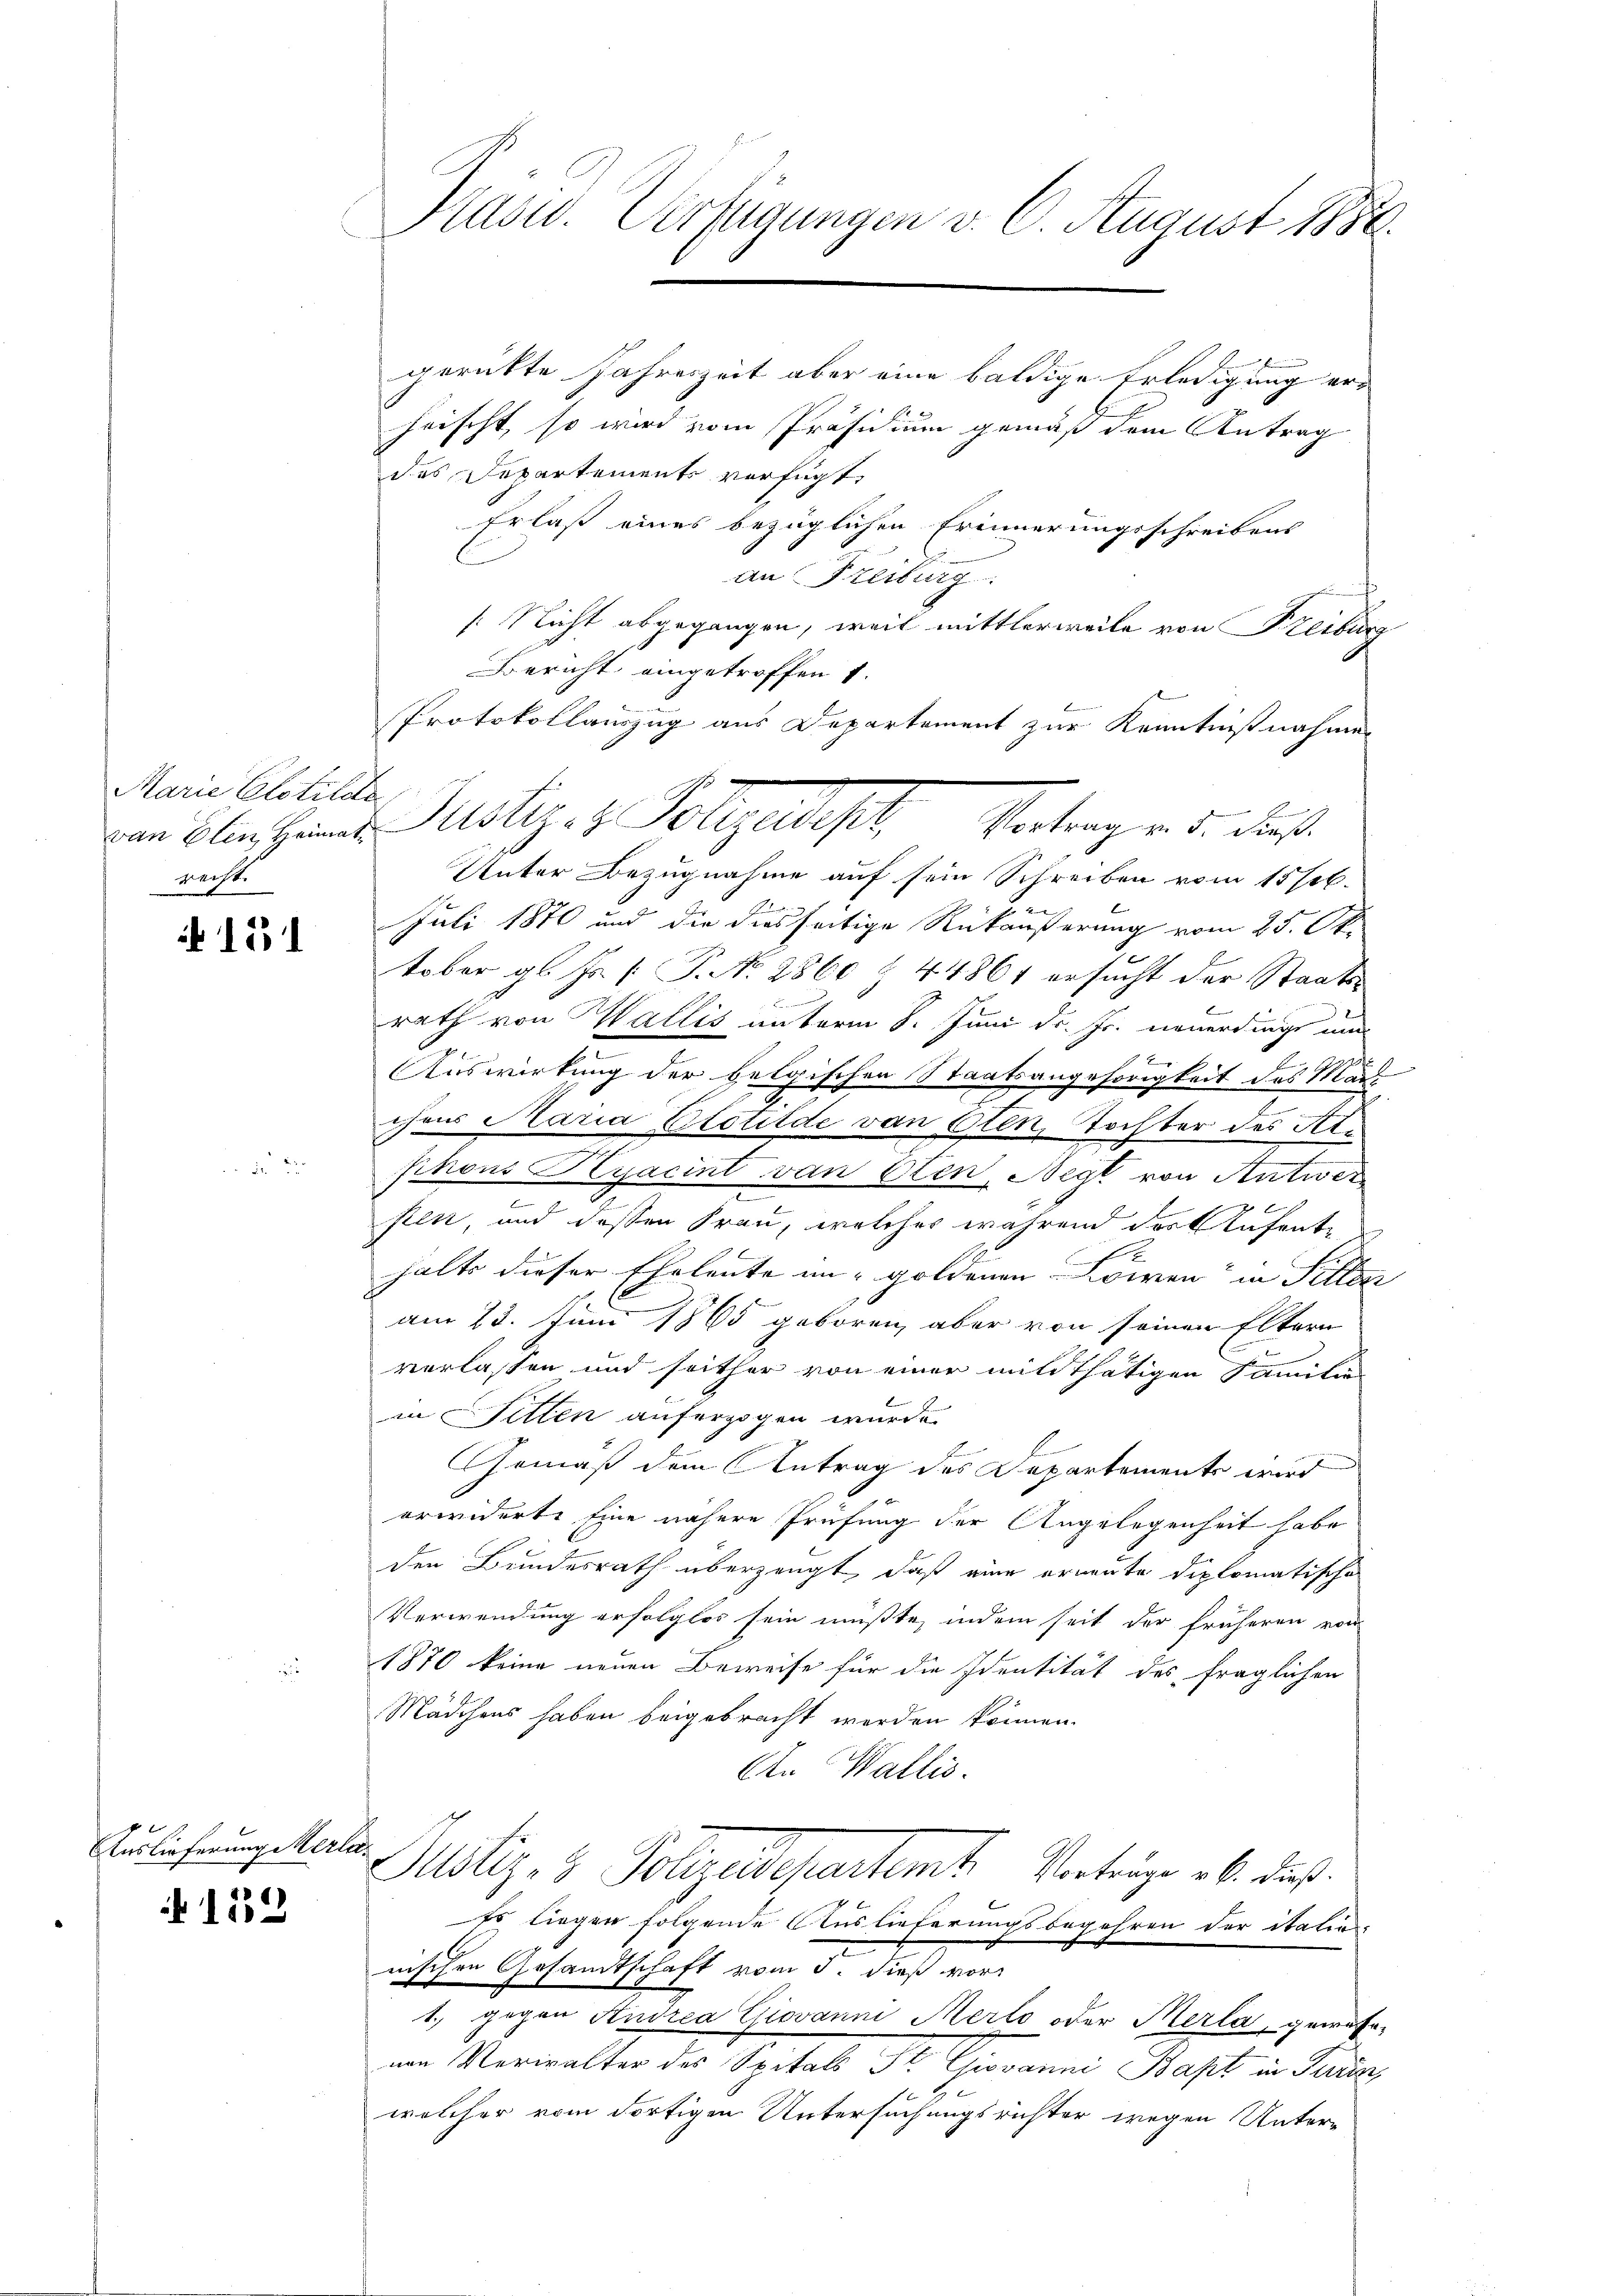
Marie Elotilde
recht.

151

Auslieferung Merla¬

132

gerückte Jahreszeit aber eine baldige Erledigung er-
heischt, so wird vom Präsidium gemäß dem Antrag
des Departements verfügt:
Erlaß eines bezüglichen Erinnerungsschreibens
an Freiburg.
[Nicht abgegangen, weil mittlerweile von Freiburg
Bericht eingetroffen 1.
Protokollauszug aus Departement zur Kenntnisnahme
E
Unter Bezugnahme auf sein Schreiben vom 15 sel.
Juli 1870 und die diesseitige Rückäußerung vom 25. Ok
tober gl. Fr. [ P. N. 2860 & 44861 ersucht der Staatsmner einen
rath von Wallis unterm 8. Juni d. Js. neuerdings um
Auswirkung der belgischen Staatsangehörigkeit des Mars
.
chens Maria Elotilde von Elen, Tochter des Ate
phons Hyacint von Olten, Negt von Antwer
.
6
pten, und dessen Frau, welches während der Aufent¬
J
halts dieser Eheleute im goldenen wien in Fillen
6
am 25. Juni 1865 geboren, aber von seinen Eltern
verlassen und seither von einer mildthätigen Familie
in Fitten anferzogen wurde.
E
Gemäß dem Antrag des Departements wird
erwiderte Eine nähere Prüfung der Angelegenheit habe
den Bundesrath überzeugt, daß eine erneute diplomatische
Verwendung erfolglos sein müßte, indem seit der früheren von
1870 keine neuen Beweise für die Identität des fraglichen
Mädchens haben beigebracht werden können.
An Wallis.
Justiz- & Polizeidepartemb. Verträge ab. Fuß.
Es liegen folgende Auslieferungsbegehren der italias
nischen Gesandtschaft vom 3. dieß vor¬
1.) gegen Andrea Giovanni Merto oder Merla, gewese
an Verwalter der Spital der Gewann Hast in Tanne
welcher vom dortigen Untersuchungsrichter wegen Unter-

Präsid. Verfügungen v. 6. August 1850

vom Oberhande Justiz- & Polegaliph Antragen u. dies